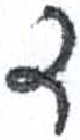
אות: ד